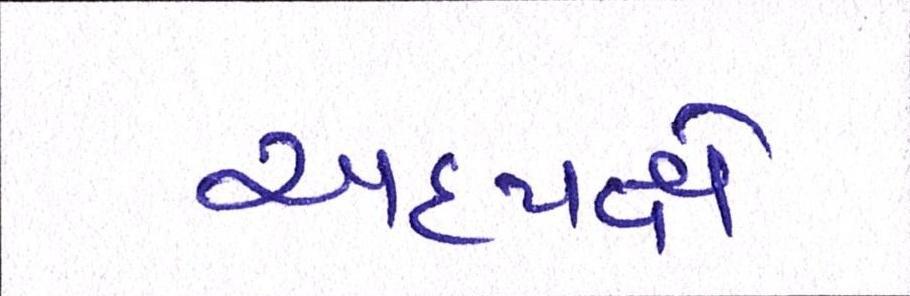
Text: અધ્યક્ષે